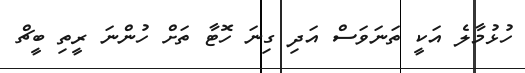
ހުޅުމާލެ އަކީ ތަނަވަސް އަދި ގިނަ ހޮޓާ ތަށް ހުންނަ ރީތި ބީޗް